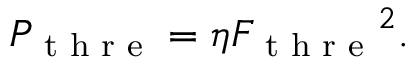
\begin{array} { r } { P _ { \textrm { t h r e } } = \eta { F _ { \textrm { t h r e } } } ^ { 2 } . } \end{array}